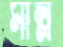
মাল্ল